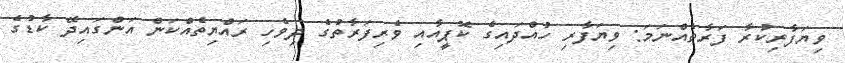
ވިޔަފާރިކުރާ ފަރާތެއްނަމަ: ވިޔަފާރި ހުއްދައިގެ ކޮޕީއާއި ވެރިފަރާތުގެ ދިވެހި ރައްޔިތެއްކަން އަންގައިދޭ ކާޑުގެ